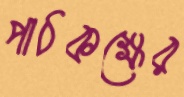
পাঠকক্ষের